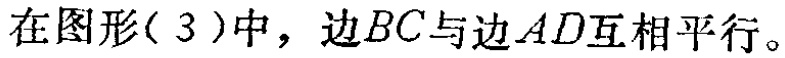
在图形( 3 )中，边\(BC\)与边\(AD\)互相平行。